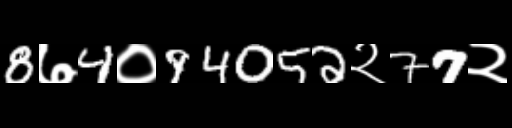
Text: 8७4०94052२77२